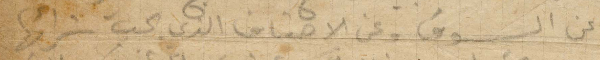
عن السوق وعن الأصناف التي كسب شرائها